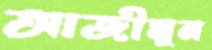
আজীমুন